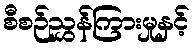
စီစဉ်ညွှန်ကြားမှုနှင့်